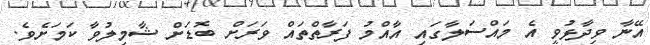
އޭނާ ވިދާޅުވީ އެ މައްސަލާގައި އާއްމު ފަރާތްތައް ވަރަށް ބޮޑަށް ޝާމިލުވާ ކަމަށެވެ.